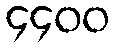
၄၄၀၀